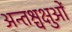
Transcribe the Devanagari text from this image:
अन्तश्चक्षुओं